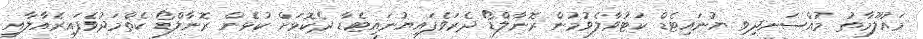
މައުލޫމާތު މުއްސަނދިވި ޔުނައިޓެޑް ކަޓުވާލެވުމުން ރޮނާލްޑޯ ދެރަވެފައިޔުނައިޓެޑާ ދެކޮޅަށް ކުޅެން ރޮނާލްޑޯ ކެތްމަދުވެފައިރެއާލާއި